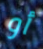
أو